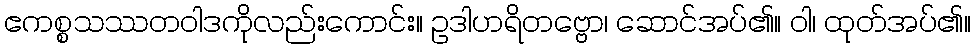
ဧကစ္စသဿတဝါဒကိုလည်းကောင်း။ ဥဒါဟရိတဗ္ဗော၊ ဆောင်အပ်၏။ ဝါ၊ ထုတ်အပ်၏။